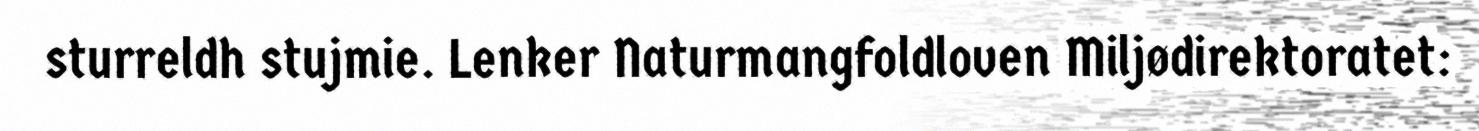
sturreldh stujmie. Lenker Naturmangfoldloven Miljødirektoratet: